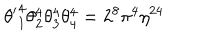
{ \theta ^ { \prime } } _ { 1 } ^ { 4 } \theta _ { 2 } ^ { 4 } \theta _ { 3 } ^ { 4 } \theta _ { 4 } ^ { 4 } = 2 ^ { 8 } \pi ^ { 4 } \eta ^ { 2 4 }